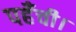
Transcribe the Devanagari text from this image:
पहँची।